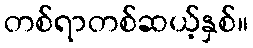
တစ်ရာတစ်ဆယ့်နှစ်။